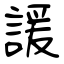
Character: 諼